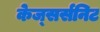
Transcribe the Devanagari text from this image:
केज्सर्सनिट